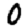
Digit: 0